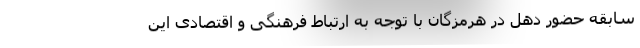
سابقه حضور دُهل در هرمزگان با توجه به ارتباط فرهنگی و اقتصادی این